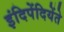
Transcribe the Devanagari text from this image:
इंदिपेंदियेंते